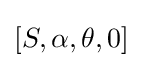
[S,\alpha ,\theta ,0]